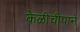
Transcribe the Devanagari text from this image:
केळीचीपाने